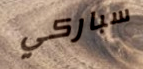
سباركي